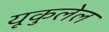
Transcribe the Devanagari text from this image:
यूकुलेल